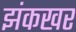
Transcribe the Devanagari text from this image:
झंकखर